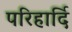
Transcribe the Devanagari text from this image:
परिहार्दि